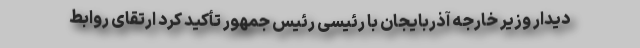
دیدار وزیر خارجه آذربایجان با رئیسی رئیس جمهور تأکید کرد ارتقای روابط